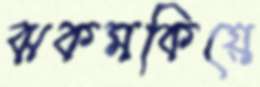
ঝকমকিয়ে